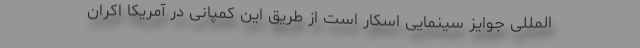
المللی جوایز سینمایی اسکار است از طریق این کمپانی در آمریکا اکران